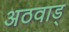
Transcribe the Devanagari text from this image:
अठवाड्